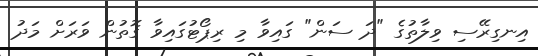
އިނގިރޭސި ވިލާތުގެ "ދަ ސަން" ގައިވާ މި ރިޕޯޓުގައިވާ ގޮތުން ވަރަށް މަދު